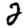
Digit: 2